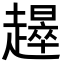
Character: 𧾉